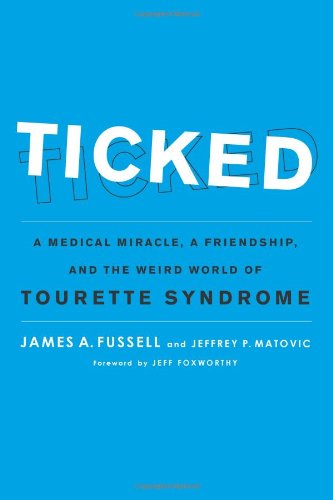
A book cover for Ticked: A Medical Miracle, a Friendship, and the Weird World of Tourette Syndrome; James A. Fussell; Health, Fitness & Dieting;